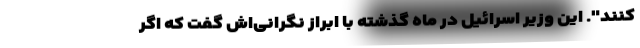
کنند". این وزیر اسرائیل در ماه گذشته با ابراز نگرانی‌اش گفت که اگر